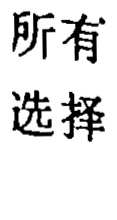
所有选择